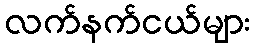
လက်နက်ငယ်များ